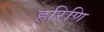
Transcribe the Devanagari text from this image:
हरिणि